Report on sanitation, dispensaries, and jails in Rajputana for 1909, and on vaccination for the year 1909-1910 - 1909-1910
Year: 1909
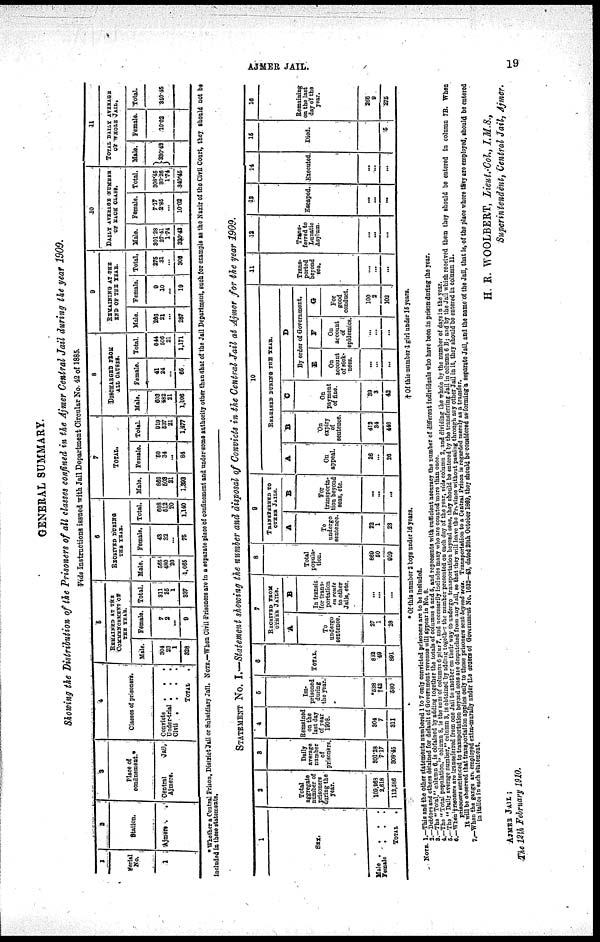
AJMER JAIL.
19
GENERAL SUMMARY.
Showing the Distribution of the prisoners of all classes confined in the Ajmer Central Jail during the year 1909.
Vide Instructions issued with Jail Department Circular No. 42 of 1885.
1
Serial
No.
1
2
Station.
Ajmere .
.
3
Place of
confinement.*
Central
Jail,
Ajmere.
4
Classes of prisoners.
Convicts . . .
Under-trial . . .
Civil .
.
.
.
TOTAL .
5
REMAINED AT THE
COMMENCEMENT OF
THE YEAR.
Male.
304
23
1
328
Female.
7
2
...
9
Total.
311
25
1
337
6
RECEIVED DURING
THE YEAR.
Male.
565
480
20
1,065
Female.
43
32
...
75
Total.
608
512
20
1,140
7
TOTAL.
Male.
869
503
21
1,393
Female.
50
34
...
84
Total.
919
537
21
1,477
8
DISCHARGED FROM
ALL CAUSES.
Male.
603
482
21
1,106
Female.
41
24
...
65
Total.
644
506
21
1,171
9
REMAINING AT THE
END OF THE YEAR.
Male.
266
21
...
287
Female.
9
10
...
19
Total.
275
31
...
306
10
DAILY AVERAGE NUMBER
OF EACH CLASS.
Male.
301.28
27.41
1.74
330.43
Female.
7.17
2.85
...
10.02
Total.
308.45
30.26
1.74
340.45
11
TOTAL DAILY AVERAGE
OF WHOLE JAIL.
Male.
330.43
Female.
10.02
Total.
340.45
* Whether a central prison, district jail or subsidiary jail. NOTE.—When civil prisoners are in a separate place of confinement and under some authority other than that of the jail department, such for example as the Nazir of the civil court, they should not he
included in these statements.
STATEMENT NO. I.—Statement showing the number and disposal of Convicts in the Central Jail at Ajmer for the year 1909.
1
SEX.
Male . . . .
Female
. . .
TOTAL
.
2
Total
aggregate
number of
prisoners
during the
year.
109,968
2,618
112,586
3
Daily
average
number
of
prisoners.
301.28
7.17
308.45
4
Remained
on the
last day
of year
1908.
304
7
311
5
Im-
prisoned
during
the year.
*538
†42
580
6
TOTAL.
842
49
891
7
RECEIVED FROM
OTHER JAILS.
A
To
undergo
sentence.
27
1
28
B
In transit
for trans-
portation
en route
to other
jails, etc.
...
...
...
8
Total
popula-
tion.
869
50
919
9
TRANSFERRED TO
OTHER JAILS.
A
To
undergo
sentence.
22
1
23
B
For
transporta-
tion beyond
seas, etc.
..
...
...
10
RELEASED DURING THE YEAR.
A
On
appeal.
26
...
26
B
On
expiry
of
sentence.
412
34
446
C
On
payment
of fine.
39
3
42
D
By order of government.
E
On
account
of sick¬
ness.
...
...
...
F
On
account
of
epidemics.
...
...
...
G
For
good
conduct.
100
2
102
11
Trans-
ported
beyond
sea.
...
...
...
12
Trans-
ferred to
lunatic
asylum.
...
...
...
13
Escaped.
...
...
...
14
Executed.
...
...
...
15
Died.
5
16
Remaining
on the last
day of the
year.
266
9
275
* Of this number 2 boys under 16 years.
† Of this number 4 girl under 15 years.
NOTE. 1. —
2.—
3. —
4. —
5. —
6. —
7.—
This and the other statements numbered 1 to 7 only convicted prisoners are to be included.
Doctors
and
other
detained
default of Government revenue will appear in No. 8.
The "Total," column 6, is obtained by adding together the totals of columns 4 and 5, and represents with sufficient accuracy the number of different individuals who have been in prison during the year.
The "Total population," colum 8, is the sum of columns 6 plus 7, and necessarily includes many who are counted more than once.
The "Daily average number," column 3, is obtained by adding together the number presented on each day of the year, vide column 2, and dividing the whole by tho number of days in the year.
When prisoners are transeferred from one Jail to another on their way to undergo transportation beyond seas, they should be entered by the transferring Jail in column 6B; and by the Jail which received them they should be entered in column 7B. When
prisoners sentenced to transportation beyond seas are despatched from any Jail, so that they will leave the Province without passing through any other Jail in it, they should be entered in column 11.
It will be observed that transportation applies only to those prisoners sent beyond seas. Transportation to a Central Prison is regarded merely as a transfer.
When the gangs are employed extra-murally under the orders of Government No. 1632-43, dated 28th October 1869, they should be considered as forming a separate Jail, and the name of the Jail, that is, of the place where they are employed, should be entered
in italics in each statement.
H. R. WOOLBERT, Lieut.-Col., I.M.S.,
Superintendent, Central Jail, Ajmer.
AJMER JAIL ;
The 12th February 1910.